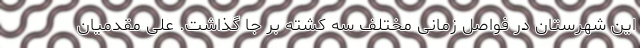
این شهرستان در فواصل زمانی مختلف سه کشته بر جا گذاشت. علی مقدمیان